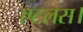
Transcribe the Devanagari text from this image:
एटलस।